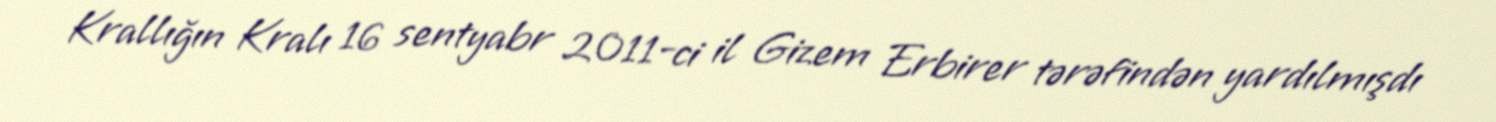
Krallığın Kralı 16 sentyabr 2011-ci il Gizem Erbirer tərəfindən yardılmışdı